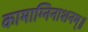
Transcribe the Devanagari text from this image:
कामाग्निनाशनम्॥